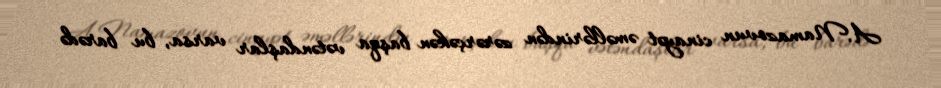
A.Namazovun cinayət əməllərindən zərərçəkən başqa vətəndaşlar varsa, bu barədə